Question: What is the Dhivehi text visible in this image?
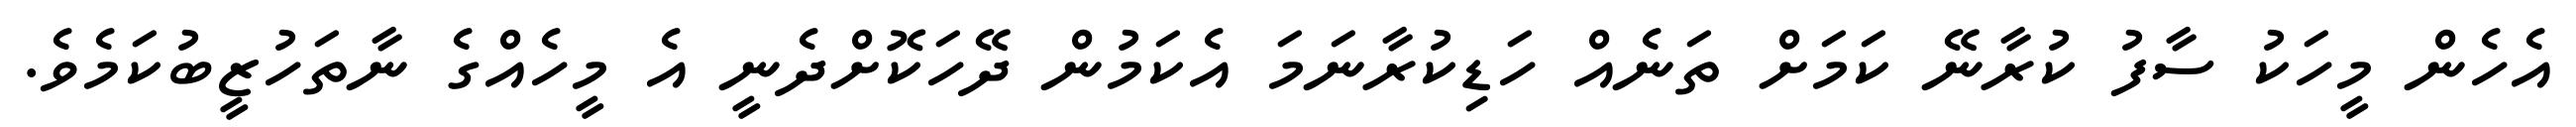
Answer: އެހެން މީހަކު ސާފު ކުރާނޭ ކަމަށް ތަނެއް ހަޑިކުރާނަމަ އެކަމުން ދޭހަކޮށްދެނީ އެ މީހެއްގެ ނާތަހުޒީބުކަމެވެ.